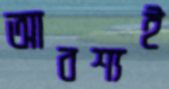
আবশ্যই